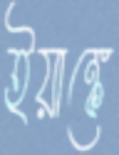
ইয়াঙ্কে